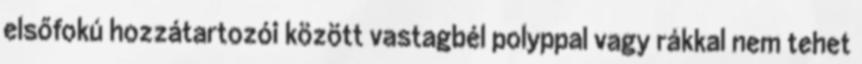
elsőfokú hozzátartozói között vastagbél polyppal vagy rákkal nem tehet